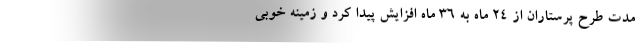
مدت طرح پرستاران از ۲۴ ماه به ۳۶ ماه افزایش پیدا کرد و زمینه خوبی